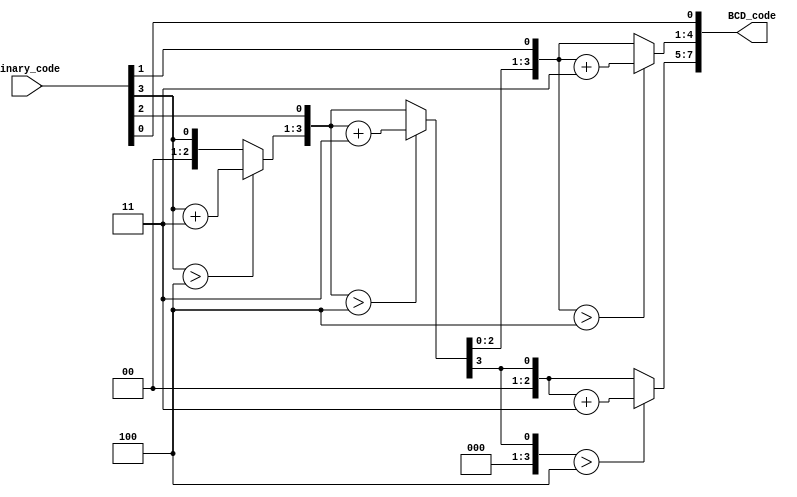
//############################################################################
//++++++++++++++++++++++++++++++++++++++++++++++++++++++++++++++++++++++++++++
//   Module Name : B2BCD_IP
//++++++++++++++++++++++++++++++++++++++++++++++++++++++++++++++++++++++++++++
//############################################################################

module B2BCD_IP #(parameter WIDTH = 4, parameter DIGIT = 2) (
    // Input signals
    Binary_code,
    // Output signals
    BCD_code
);

// ===============================================================
// Declaration
// ===============================================================
input  [WIDTH-1:0]   Binary_code;
output [DIGIT*4-1:0] BCD_code;
wire [DIGIT*4+WIDTH-1 : 0] bcd[WIDTH:0];
genvar i, j;
// ===============================================================
// Soft IP DESIGN
// ===============================================================
generate
	assign bcd[0][WIDTH-1:0] = Binary_code;
	assign bcd[0][DIGIT*4+WIDTH-1:WIDTH] = 1'b0;

	for(i = 1; i < WIDTH ; i = i + 1) begin
		assign bcd[i][WIDTH-1:0] = {bcd[i-1][WIDTH-1:0], 1'b0};
		for(j = 1; j <= DIGIT;j = j + 1)begin
			assign bcd[i][(WIDTH-1+(j*4)) -: 4] = (bcd[i-1][(WIDTH-1+(j*4)-1) -: 4] > 4) ?  bcd[i-1][(WIDTH-1+(j*4)-1) -: 4] + 2'b11 :  bcd[i-1][(WIDTH-1+(j*4)- 1) -: 4] ;  
		
		end
	end
	assign bcd[WIDTH] = {bcd[WIDTH-1][DIGIT*4+WIDTH-2: 0], 1'b0};
	assign BCD_code = bcd[WIDTH][DIGIT*4+WIDTH-1 : WIDTH];
endgenerate



endmodule